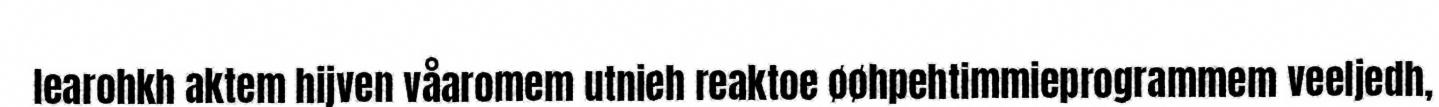
learohkh aktem hijven våaromem utnieh reaktoe øøhpehtimmieprogrammem veeljedh,